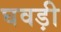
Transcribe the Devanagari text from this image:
घवड़ी